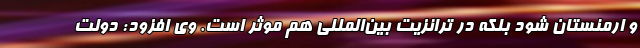
و ارمنستان شود بلکه در ترانزیت بین‌المللی هم موثر است. وی افزود: دولت